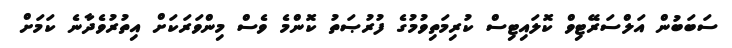
ސަބަބުން އަލްސަރޭޓިވް ކޮލައިޓިސް ކުރިމަތިވުމުގެ ފުރުޞަތު ކޮންމެ ވެސް މިންވަރަކަށް އިތުރުވެދާނެ ކަމަށް